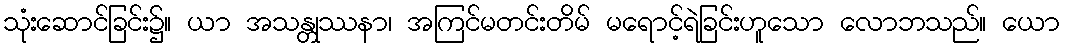
သုံးဆောင်ခြင်း၌။ ယာ အသန္တုဿနာ၊ အကြင်မတင်းတိမ် မရောင့်ရဲခြင်းဟူသော လောဘသည်။ ယော